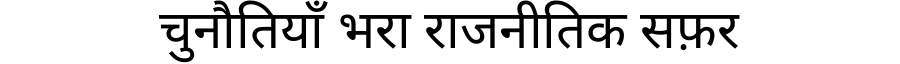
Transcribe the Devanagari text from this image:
चुनौतियाँ भरा राजनीतिक सफ़र